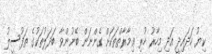
ކިޔު ހަދައިދީ އަދި މިހާރު ހުރި ޢިމާރާތްތަކަށް ގެންނަން ބޭނުންވާ ބަދަލުތަކުގެ ތަފުސީލު